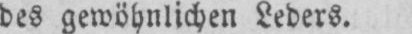
des gewöhnlichen Leders.